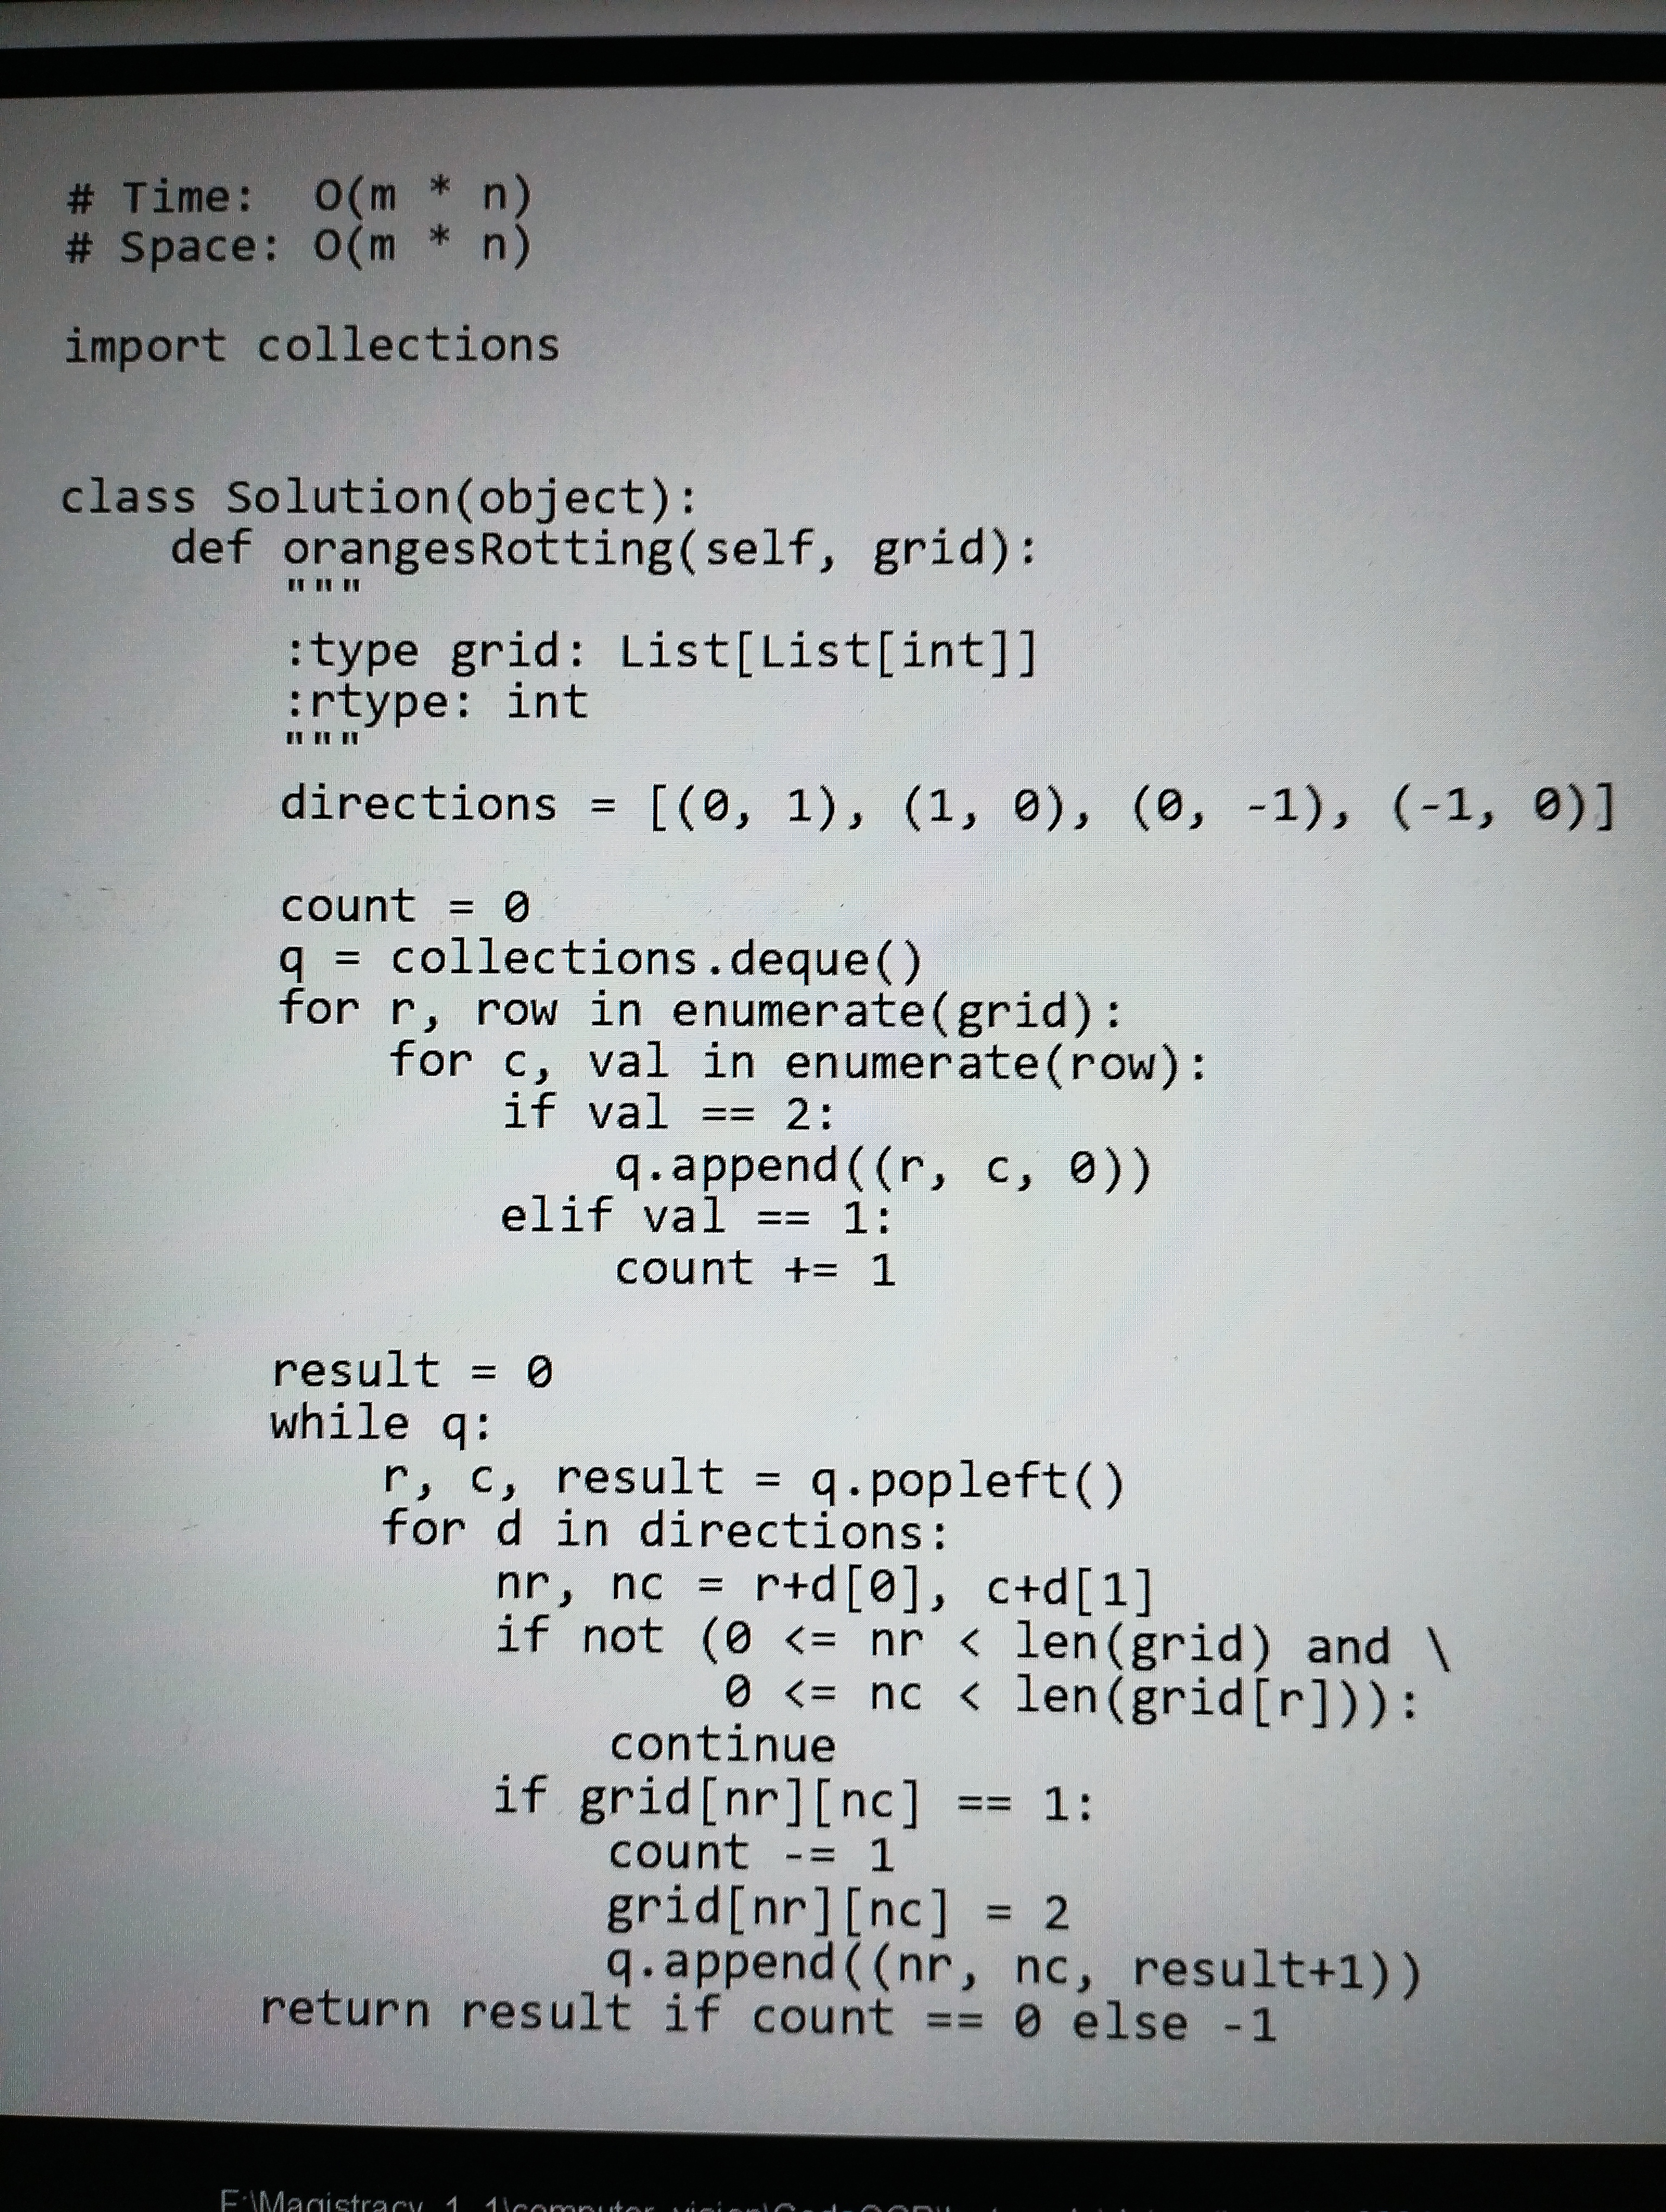
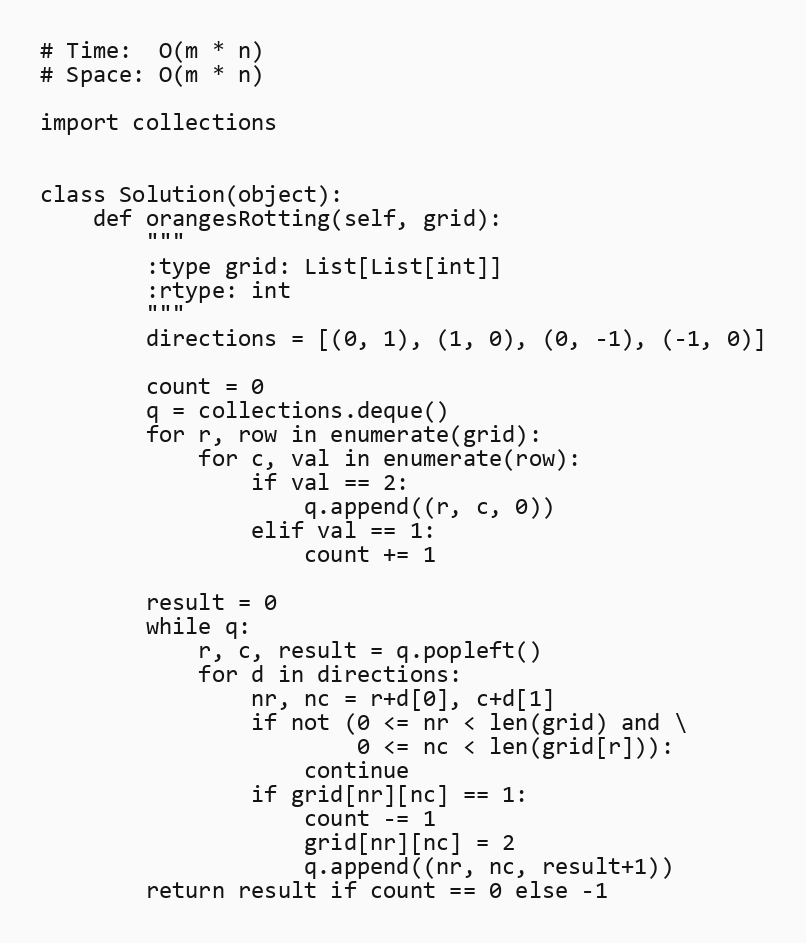
# Time:  O(m * n)
# Space: O(m * n)

import collections

class Solution(object):
    def orangesRotting(self, grid):
        """
        :type grid: List[List[int]]
        :rtype: int
        """
        directions = [(0, 1), (1, 0), (0, -1), (-1, 0)]

        count = 0
        q = collections.deque()
        for r, row in enumerate(grid):
            for c, val in enumerate(row):
                if val == 2:
                    q.append((r, c, 0))
                elif val == 1:
                    count += 1

        result = 0
        while q:
            r, c, result = q.popleft()
            for d in directions:
                nr, nc = r+d[0], c+d[1]
                if not (0 <= nr < len(grid) and \
                        0 <= nc < len(grid[r])):
                    continue
                if grid[nr][nc] == 1:
                    count -= 1
                    grid[nr][nc] = 2
                    q.append((nr, nc, result+1))
        return result if count == 0 else -1